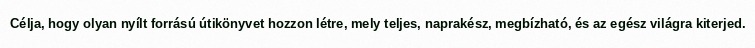
Célja, hogy olyan nyílt forrású útikönyvet hozzon létre, mely teljes, naprakész, megbízható, és az egész világra kiterjed.